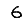
Digit: 6